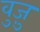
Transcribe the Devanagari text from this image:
वुज़ु